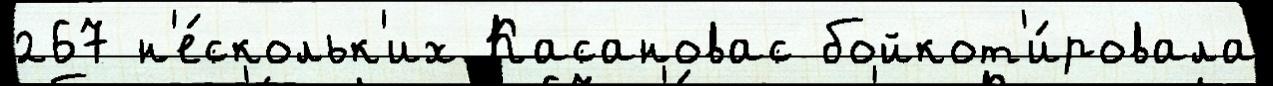
267 н'е́скольк'их Касановас бойкот'и́ровала